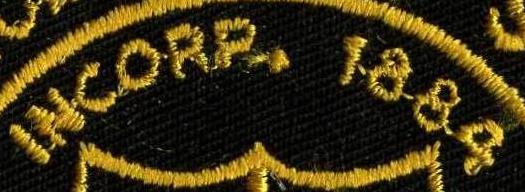
INCORP. 1884